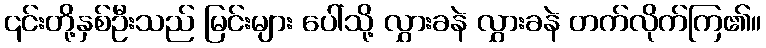
၎င်းတို့နှစ်ဦးသည် မြင်းများ ပေါ်သို့ လွှားခနဲ လွှားခနဲ တက်လိုက်ကြ၏။